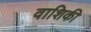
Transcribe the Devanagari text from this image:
वाशिकी